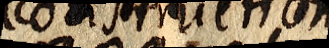
Construction